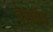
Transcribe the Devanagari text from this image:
बेरानेक